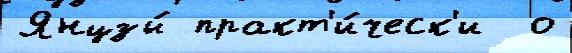
Янцзы́ практ'и́ческ'и  о